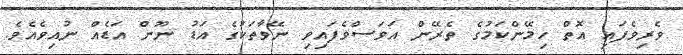
ވެރިވެފައި އޮތް ހިމޭންކަމުގެ ތެރޭން އަވަސްވެފައިވި ނޭވާތަކުގެ އަޑު ނޫން އަޑެއް ނުއިވެއެވެ.